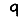
Digit: 9